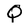
Character: Q